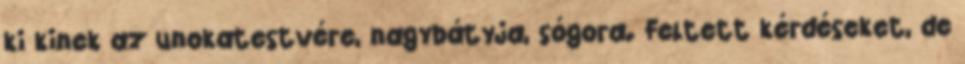
ki kinek az unokatestvére, nagybátyja, sógora. Feltett kérdéseket, de